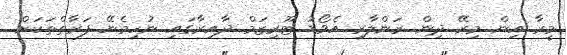
މީރާ އިން މިރޭ ދިން ރަންލާރި އެވޯޑު ޓޫރިޒަމް ދާއިރާގައި ނުހިމެނޭ ފަރާތްތަކަށް